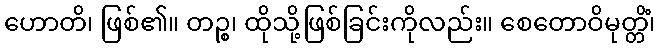
ဟောတိ၊ ဖြစ်၏။ တဉ္စ၊ ထိုသို့ဖြစ်ခြင်းကိုလည်း။ စေတောဝိမုတ္တိံ၊